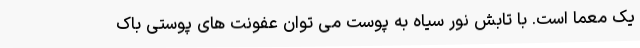
یک معما است. با تابش نور سیاه به پوست می توان عفونت های پوستی باک